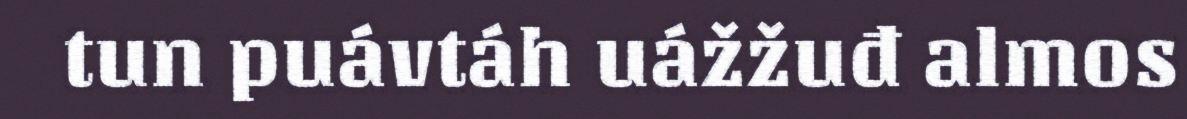
tun puávtáh uážžuđ almos